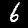
Digit: 6